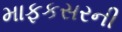
માફકસરની